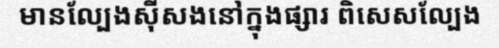
មានល្បែងស៊ីសងនៅក្នុងផ្សារ ពិសេសល្បែង